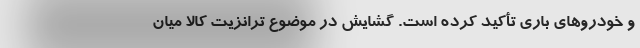
و خودرو‌های باری تأکید کرده است. گشایش در موضوع ترانزیت کالا میان